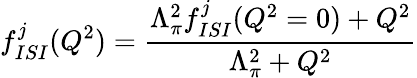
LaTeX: f_{ISI}^{j}(Q^{2})=\frac{\Lambda_{\pi}^{2}f_{ISI}^{j}(Q^{2}=0)+Q^{2}}{\Lambda_{\pi}^{2}+Q^{2}}